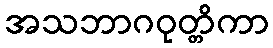
အသဘာဂဝုတ္တိကာ